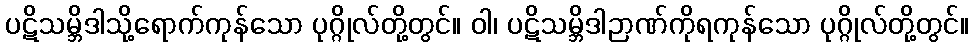
ပဋိသမ္ဘိဒါသို့ရောက်ကုန်သော ပုဂ္ဂိုလ်တို့တွင်။ ဝါ၊ ပဋိသမ္ဘိဒါဉာဏ်ကိုရကုန်သော ပုဂ္ဂိုလ်တို့တွင်။